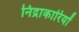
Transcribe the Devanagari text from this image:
निद्राकारियों